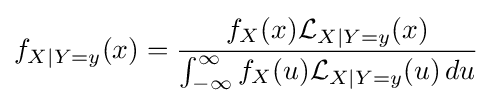
f_{X\mid Y=y}(x)={f_{X}(x){\mathcal {L}}_{X\mid Y=y}(x) \over {\int _{-\infty }^{\infty }f_{X}(u){\mathcal {L}}_{X\mid Y=y}(u)\,du}}